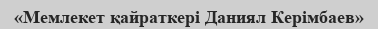
«Мемлекет қайраткері Даниял Керімбаев»